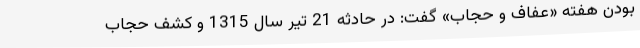
بودن هفته «عفاف و حجاب» گفت: در حادثه 21 تیر سال 1315 و کشف حجاب